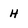
Character: H